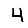
Digit: 4